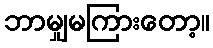
ဘာမျှမကြားတော့။